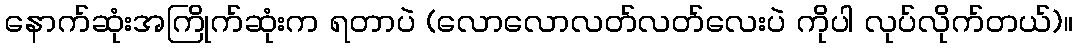
နောက်ဆုံးအကြိုက်ဆုံးက ရတာပဲ (လောလောလတ်လတ်လေးပဲ ကိုပါ လုပ်လိုက်တယ်)။